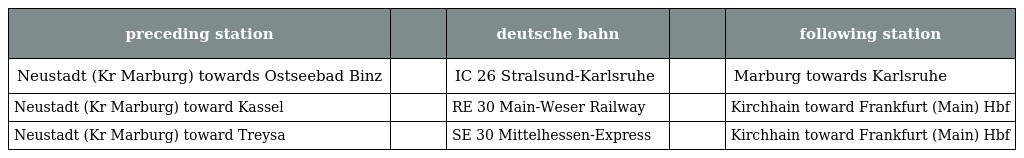
| preceding station |  | deutsche bahn |  | following station |
 | --- | --- | --- | --- | --- |
 | Neustadt (Kr Marburg) towards Ostseebad Binz |  | IC 26 Stralsund-Karlsruhe |  | Marburg towards Karlsruhe |
 | Neustadt (Kr Marburg) toward Kassel |  | RE 30 Main-Weser Railway |  | Kirchhain toward Frankfurt (Main) Hbf |
 | Neustadt (Kr Marburg) toward Treysa |  | SE 30 Mittelhessen-Express |  | Kirchhain toward Frankfurt (Main) Hbf |